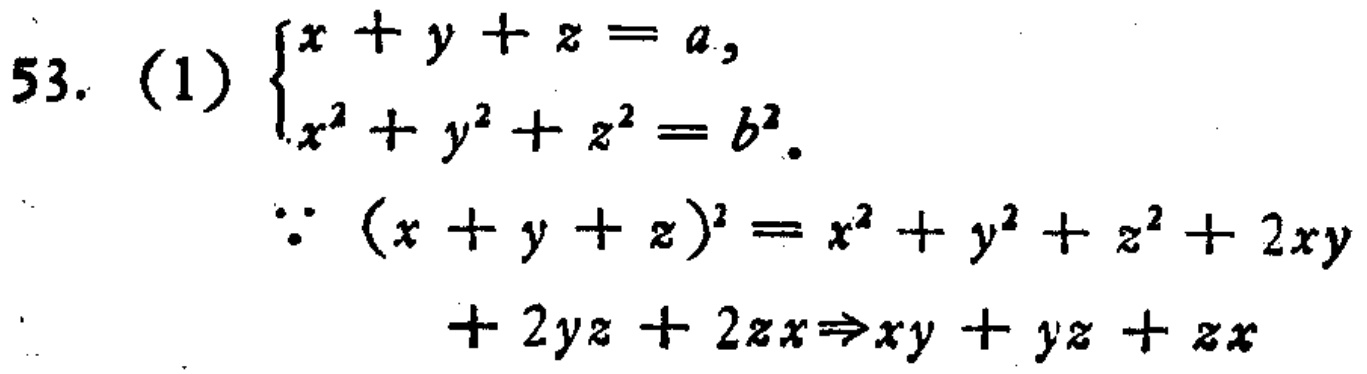
53. (1) $\begin{cases}x + y + z = a,\\x^{2}+y^{2}+z^{2}=b^{2}.\end{cases}$
$\because (x + y + z)^{2}=x^{2}+y^{2}+z^{2}+2xy+2yz + 2zx\Rightarrow xy + yz+zx$